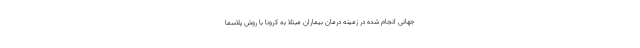
جهانی انجام شده در زمینه درمان بیماران مبتلا به کرونا با روش پلاسما